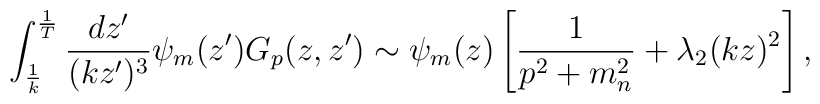
\int_{1\over k}^{1\over T} {dz'\over (kz')^3}\psi_m(z') G_p(z,z')\sim\psi_m(z)\left[{1\over p^2+ m_n^2} + {\lambda_2} (kz)^2\right],